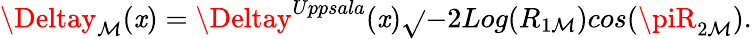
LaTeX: \Deltay_{\mathcal{M}}(\mathit{x})=\Deltay^{Uppsala}(\mathit{x})\sqrt{}{{-2Log(R_{1\mathcal{M}})}}cos(\piR_{2\mathcal{M}}).